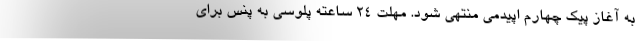
به آغاز پیک چهارم اپیدمی منتهی شود. مهلت ۲۴ ساعته پلوسی به پنس برای